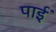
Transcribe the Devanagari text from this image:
पाईंं